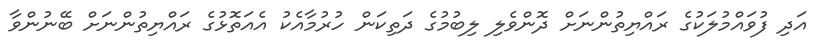
އަދި ފުވައްމުލަކުގެ ރައްޔިތުންނަށް ދޮންވެލި ލިބުމުގެ ދަތިކަން ހުރުމާއެކު އެއަތޮޅުގެ ރައްޔިތުންނަށް ބޭނުންވާ